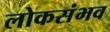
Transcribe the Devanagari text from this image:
लोकसंभव